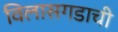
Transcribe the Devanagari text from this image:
विलासगडाची